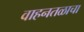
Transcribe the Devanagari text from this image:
वाहनतळाचा